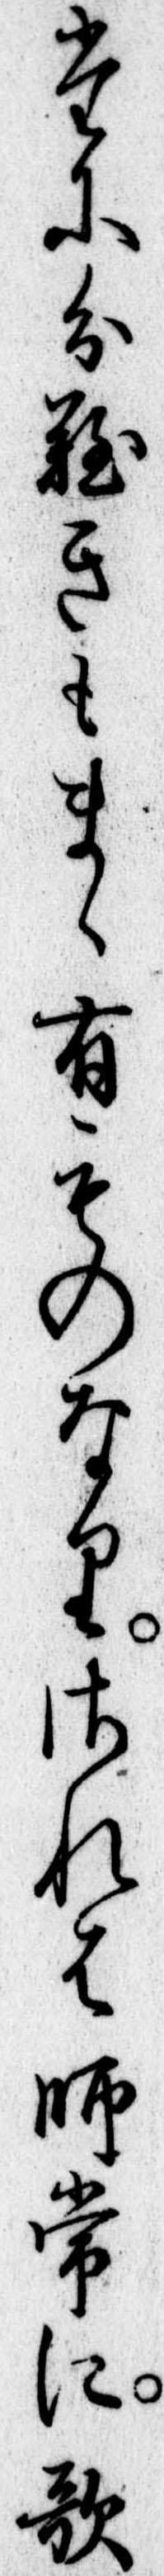
たに分難きもまゝ有ものなりされは師常に歌